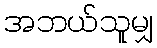
အဘယ်သူမျှ